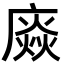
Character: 𢊽